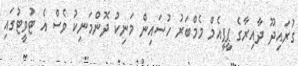
ގުރައިދޫ ދާއިރާގެ ޕީޕީއެމް މެމްބަރު ހުސައިން މަނިކު ދޮންމަނިކު ވެސް އެ ޓުވީޓުގައި